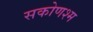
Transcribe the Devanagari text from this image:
सकोणश्म